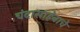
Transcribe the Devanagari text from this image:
चंदासाहेबाचे